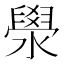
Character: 澩